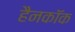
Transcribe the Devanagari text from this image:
हैनकाॅक